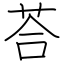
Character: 荅